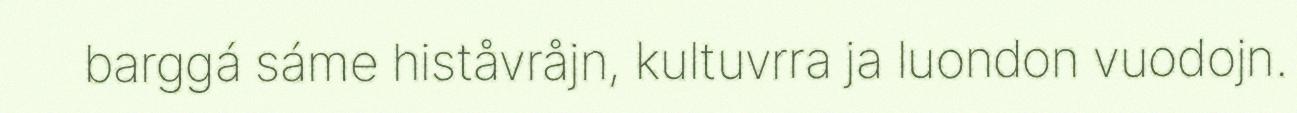
barggá sáme histåvråjn, kultuvrra ja luondon vuodojn.